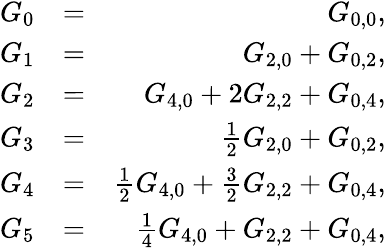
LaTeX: \begin{array}{rlr}{G_{0}}&{=}&{G_{0,0},}\\ {G_{1}}&{=}&{G_{2,0}+G_{0,2},}\\ {G_{2}}&{=}&{G_{4,0}+2G_{2,2}+G_{0,4},}\\ {G_{3}}&{=}&{\frac{1}{2}G_{2,0}+G_{0,2},}\\ {G_{4}}&{=}&{\frac{1}{2}G_{4,0}+\frac{3}{2}G_{2,2}+G_{0,4},}\\ {G_{5}}&{=}&{\frac{1}{4}G_{4,0}+G_{2,2}+G_{0,4},}\end{array}